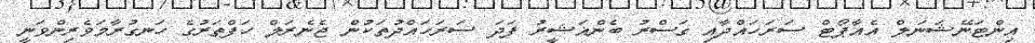
އިންޓަނޭޝަނަލް އެއާޕޯޓް ސަރަހައްދާއި ގަސްރު ބެންޣަޝީރު ފަދަ ސަރަހައްދުތަކުން ޖެނެރަލް ހަފްތަރުގެ ހަނގުރާމަވެރިންވަނީ